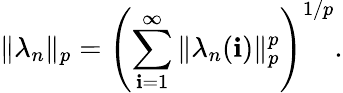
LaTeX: \| \lambda_{n}\| _{p}=\left(\sum_{\mathbf{i}=1}^{\infty}\| \lambda_{n}(\mathbf{i})\| _{p}^{p}\right)^{1/p}.